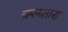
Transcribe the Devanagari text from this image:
कलशास